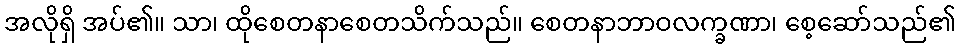
အလိုရှိ အပ်၏။ သာ၊ ထိုစေတနာစေတသိက်သည်။ စေတနာဘာဝလက္ခဏာ၊ စေ့ဆော်သည်၏